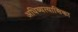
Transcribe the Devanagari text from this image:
अधिव्यत्यासिका